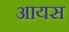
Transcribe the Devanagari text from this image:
आयस